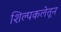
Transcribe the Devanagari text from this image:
शिल्पकलेतून